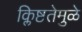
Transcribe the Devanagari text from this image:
क्लिष्टतेमुळे